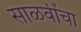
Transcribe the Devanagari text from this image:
साळवींचा